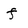
Character: f